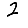
Digit: 2